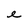
Character: e